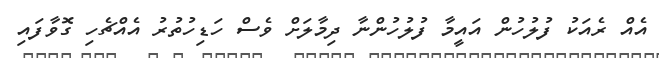
އެއް ރެއަކު ފުލުހުން އައީމާ ފުލުހުންނާ ދިމާލަށް ވެސް ހަޑިހުތުރު އެއްޗެހި ގޮވާފައި